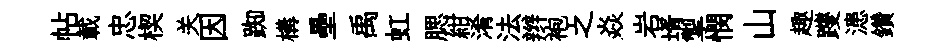
帖載忠楔关因踟構壘禹虹腮紺淆法辫袍之焱岩壻掣憫山趣躞漶鑽